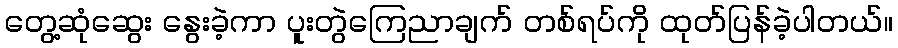
တွေ့ဆုံဆွေး နွေးခဲ့ကာ ပူးတွဲကြေညာချက် တစ်ရပ်ကို ထုတ်ပြန်ခဲ့ပါတယ်။